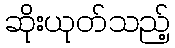
ဆိုးယုတ်သည့်